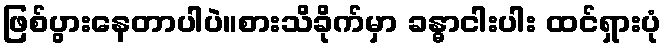
ဖြစ်ပွားနေတာပါပဲ။စားသိခိုက်မှာ ခန္ဓာငါးပါး ထင်ရှားပုံ